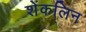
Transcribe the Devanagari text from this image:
शेंकलिन